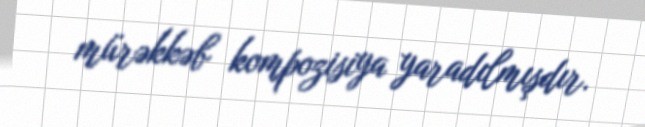
mürəkkəb kompozisiya yaradılmışdır.